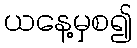
ယနေ့မှစ၍